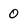
Character: 0